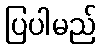
ပြပါမည်